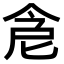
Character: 𠉞